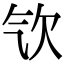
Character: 㰟